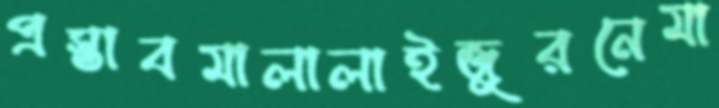
প্রস্তাবমালালাইজুরনেমা